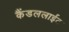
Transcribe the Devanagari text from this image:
कैंडललाईट